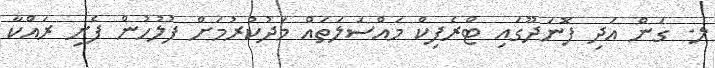
ލ. ގަން އަދިި ފޮނަދޫގައި ޓްރެފިކް މައްސަލަތައް މަދުކުރުމަށް ފުލުހުން ފެށި ރައްކާ